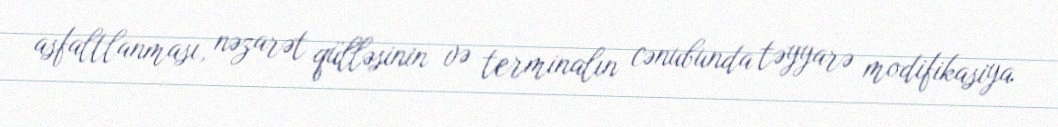
asfaltlanması, nəzarət qülləsinin və terminalın cənubunda təyyarə modifikasiya